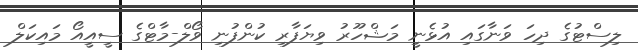
ލިސްޓުގެ ދިހަ ވަނާގައި އުޅެނީ މަޝްހޫރު ވިޔަފާރި ކުންފުނި ވޯލް-މާޓްގެ ސީއީއޯ މައިކަލް